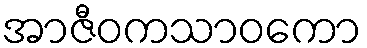
အာဇီဝကသာဝကော